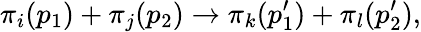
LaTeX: \pi_{i}(p_{1})+\pi_{j}(p_{2})\rightarrow\pi_{k}(p_{1}^{\prime})+\pi_{l}(p_{2}^{\prime}),